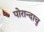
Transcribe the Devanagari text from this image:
पोरान्दाचु